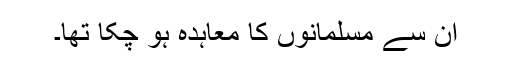
ان سے مسلمانوں کا معاہدہ ہو چکا تھا۔